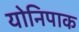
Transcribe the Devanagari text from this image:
योनिपाक